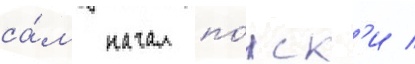
са́м начал по́иск'и /